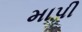
માપી